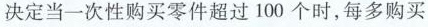
决定当一次性购买零件超过 100 个时，每多购买